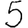
Digit: 5